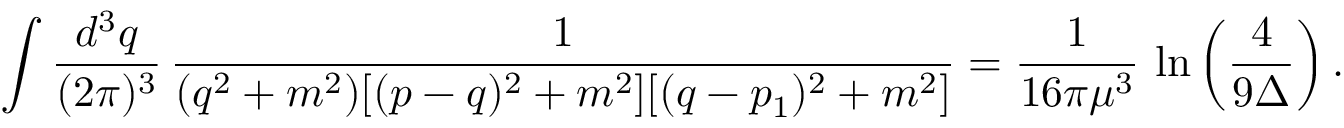
\int \frac { d ^ { 3 } q } { ( 2 \pi ) ^ { 3 } } \, \frac { 1 } { ( q ^ { 2 } + m ^ { 2 } ) [ ( p - q ) ^ { 2 } + m ^ { 2 } ] [ ( q - p _ { 1 } ) ^ { 2 } + m ^ { 2 } ] } = \frac { 1 } { 1 6 \pi \mu ^ { 3 } } \, \ln \left( \frac { 4 } { 9 \Delta } \right) .